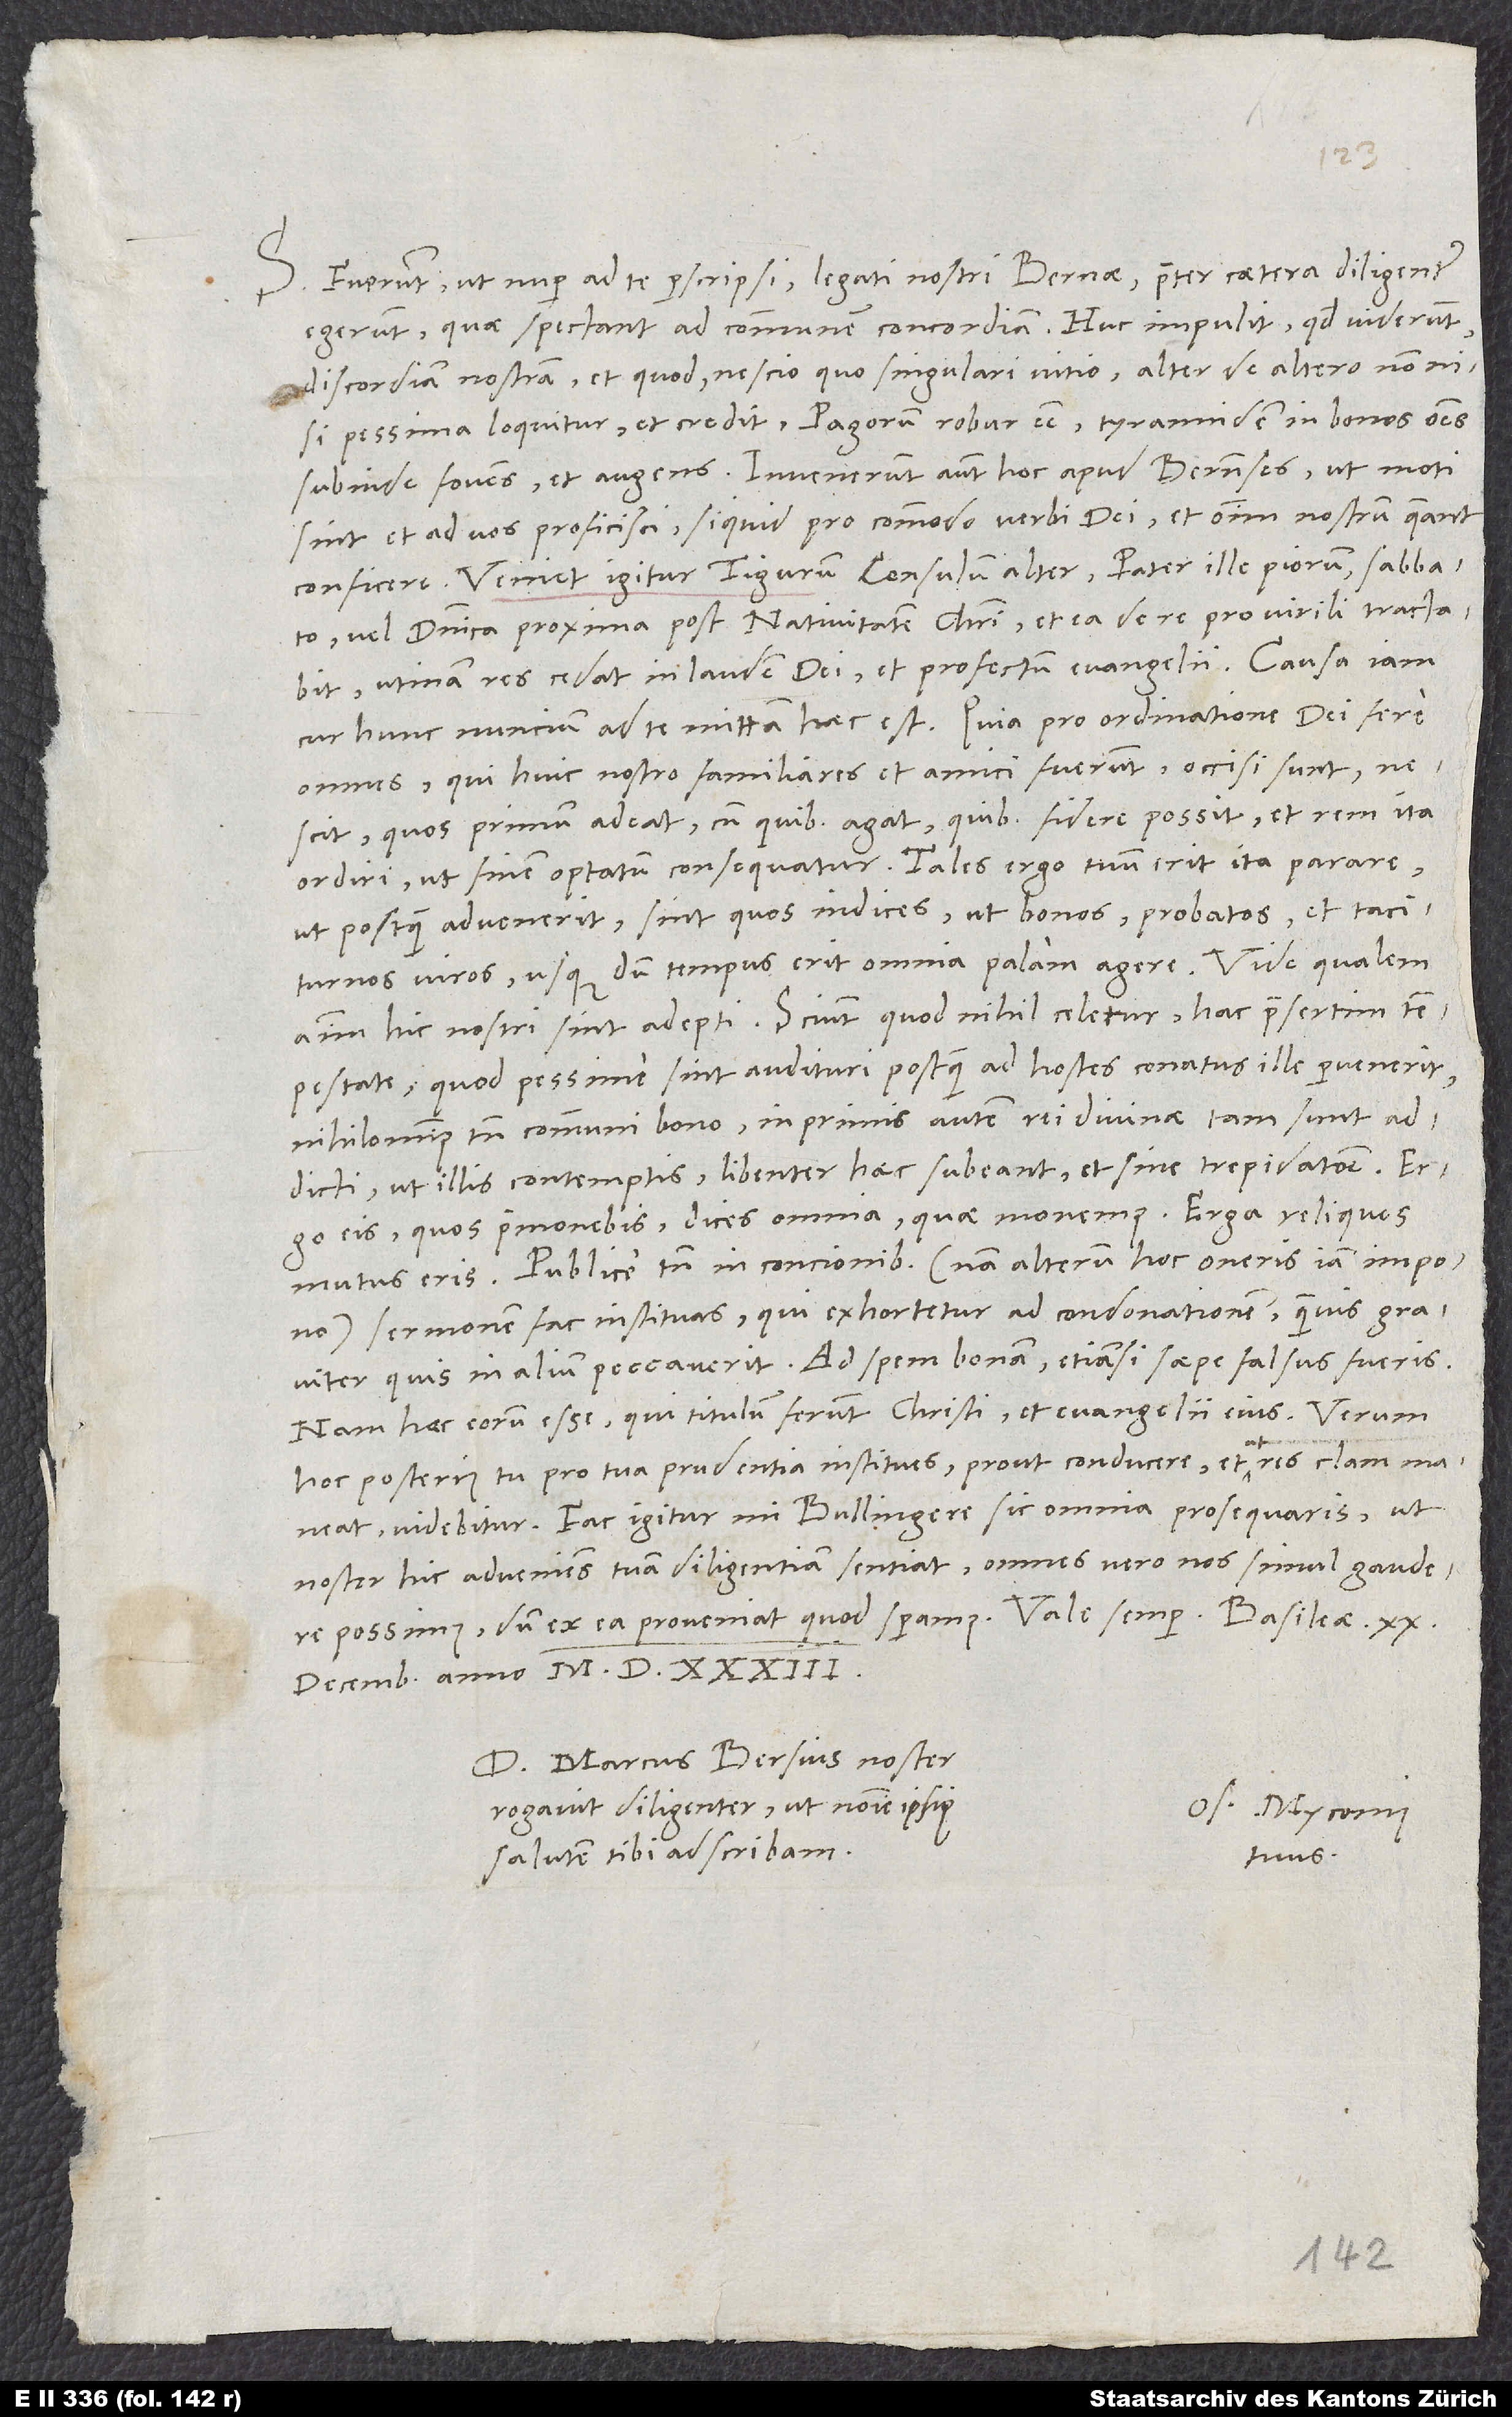
S. Fuerunt, ut nuper ad te perscripsi, legati nostri Bernae. Praeter caetera diligenter
egerunt, quae spectant ad communem concordiam. Huc impulit, quod viderunt
discordiam nostram et quod nescio quo singulari vitio alter de altero non nisi
pessima loquitur et credit Pagorum robur esse tyrannidem in bonos omnes
subinde fovens et augens. Invenerunt autem hoc apud Bernenses, ut moti
sint et ad vos proficisci, si quid pro commodo verbi dei et omnium nostrum queant
conficere. Veniet igitur Tigurum consulum alter, pater ille piorum, sabbato
vel dominica proxima post nativitatem Christi et ea de re pro virili tractabit.
Utinam res cedat in laudem dei et profectum evangelii. Causa iam,
cur hunc nuncium ad te mittam, haec est: Quia pro ordinatione dei fere
omnes, qui huic nostro familiares et amici fuerunt, occisi sunt,
nescit, quos primum adeat, cum quibus agat, quibus fidere possit et rem ita
ordiri, ut finem optatum consequatur. Tales ergo tuum erit ita parare,
ut postquam advenerit, sint, quos indices ut bonos, probatos et taciturnos
viros, usquedum tempus erit omnia palam agere. Vide, qualem
animum hic nostri sint adepti: Sciunt, quod nihil celetur, hac praesertim
tempestate, quod pessime sint audituri, postquam ad hostes conatus ille pervenerit.
Nihilominus tamen communi bono, in primis autem rei divinae tam sunt
addicti, ut illis contemptis libenter haec subeant et sine trepidatione. Ergo
eis, quos praemonebis, dices omnia, quae monemus, erga reliquos
mutus cris. Publice tamen in concionibus - nam alterum hoc oneris iam impono
sermonem fac instituas, qui exhortetur ad condonationem, quamvis graviter
quis in alium peccaverit, ad spem bonam, etiamsi saepe falsus fueris.
Nam hoc eorum esse, qui titulum ferunt Christi et evangelii eius. Verum
hoc posterius tu pro tua prudentia institues, prout conducere et, ut res clam maneat,
sic omnia prosequaris, ut
videbitur. Fac igitur, mi Bullingere,
omnes vero nos simul gaudere
noster hic adveniens tuam diligentiam sentiat,
decembris anno 1533.
Dominus Marcus Bersius noster
rogavit diligenter, ut nomine ipsius
Os. Myconius
salutem tibi adscribam.
tuus.